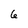
Character: 6